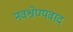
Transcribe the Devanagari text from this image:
नवश्रेण्यवाद